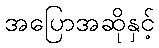
အပြောအဆိုနှင့်